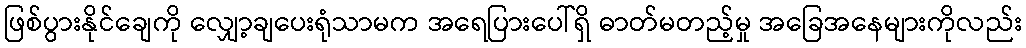
ဖြစ်ပွားနိုင်ချေကို လျှော့ချပေးရုံသာမက အရေပြားပေါ်ရှိ ဓာတ်မတည့်မှု အခြေအနေများကိုလည်း